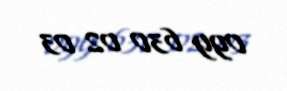
099 630 02 03